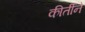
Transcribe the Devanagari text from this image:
कीर्तीने